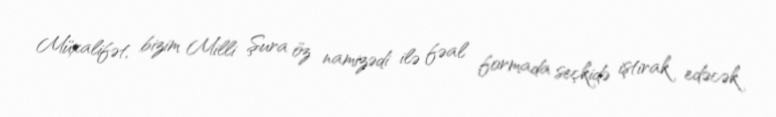
Müxalifət, bizim Milli Şura öz namizədi ilə fəal formada seçkidə iştirak edəcək